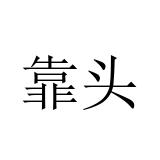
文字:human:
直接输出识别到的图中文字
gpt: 靠头